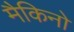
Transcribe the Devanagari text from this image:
मैकिनो